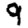
Digit: 9